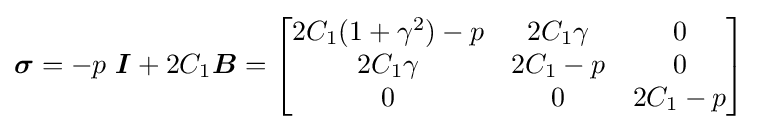
{\boldsymbol {\sigma }}=-p~{\boldsymbol {I}}+2C_{1}{\boldsymbol {B}}={\begin{bmatrix}2C_{1}(1+\gamma ^{2})-p&2C_{1}\gamma &0\\2C_{1}\gamma &2C_{1}-p&0\\0&0&2C_{1}-p\end{bmatrix}}